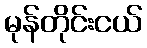
မုန်တိုင်းငယ်